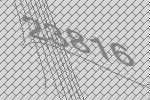
23816